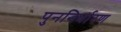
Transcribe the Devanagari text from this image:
पुननिर्धारण